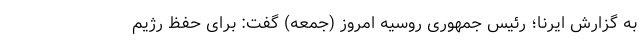
به گزارش ایرنا؛ رئیس جمهوری روسیه امروز (جمعه) گفت: برای حفظ رژیم